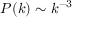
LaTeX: P ( k ) \sim k ^ { - 3 }